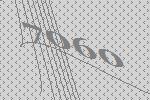
7060